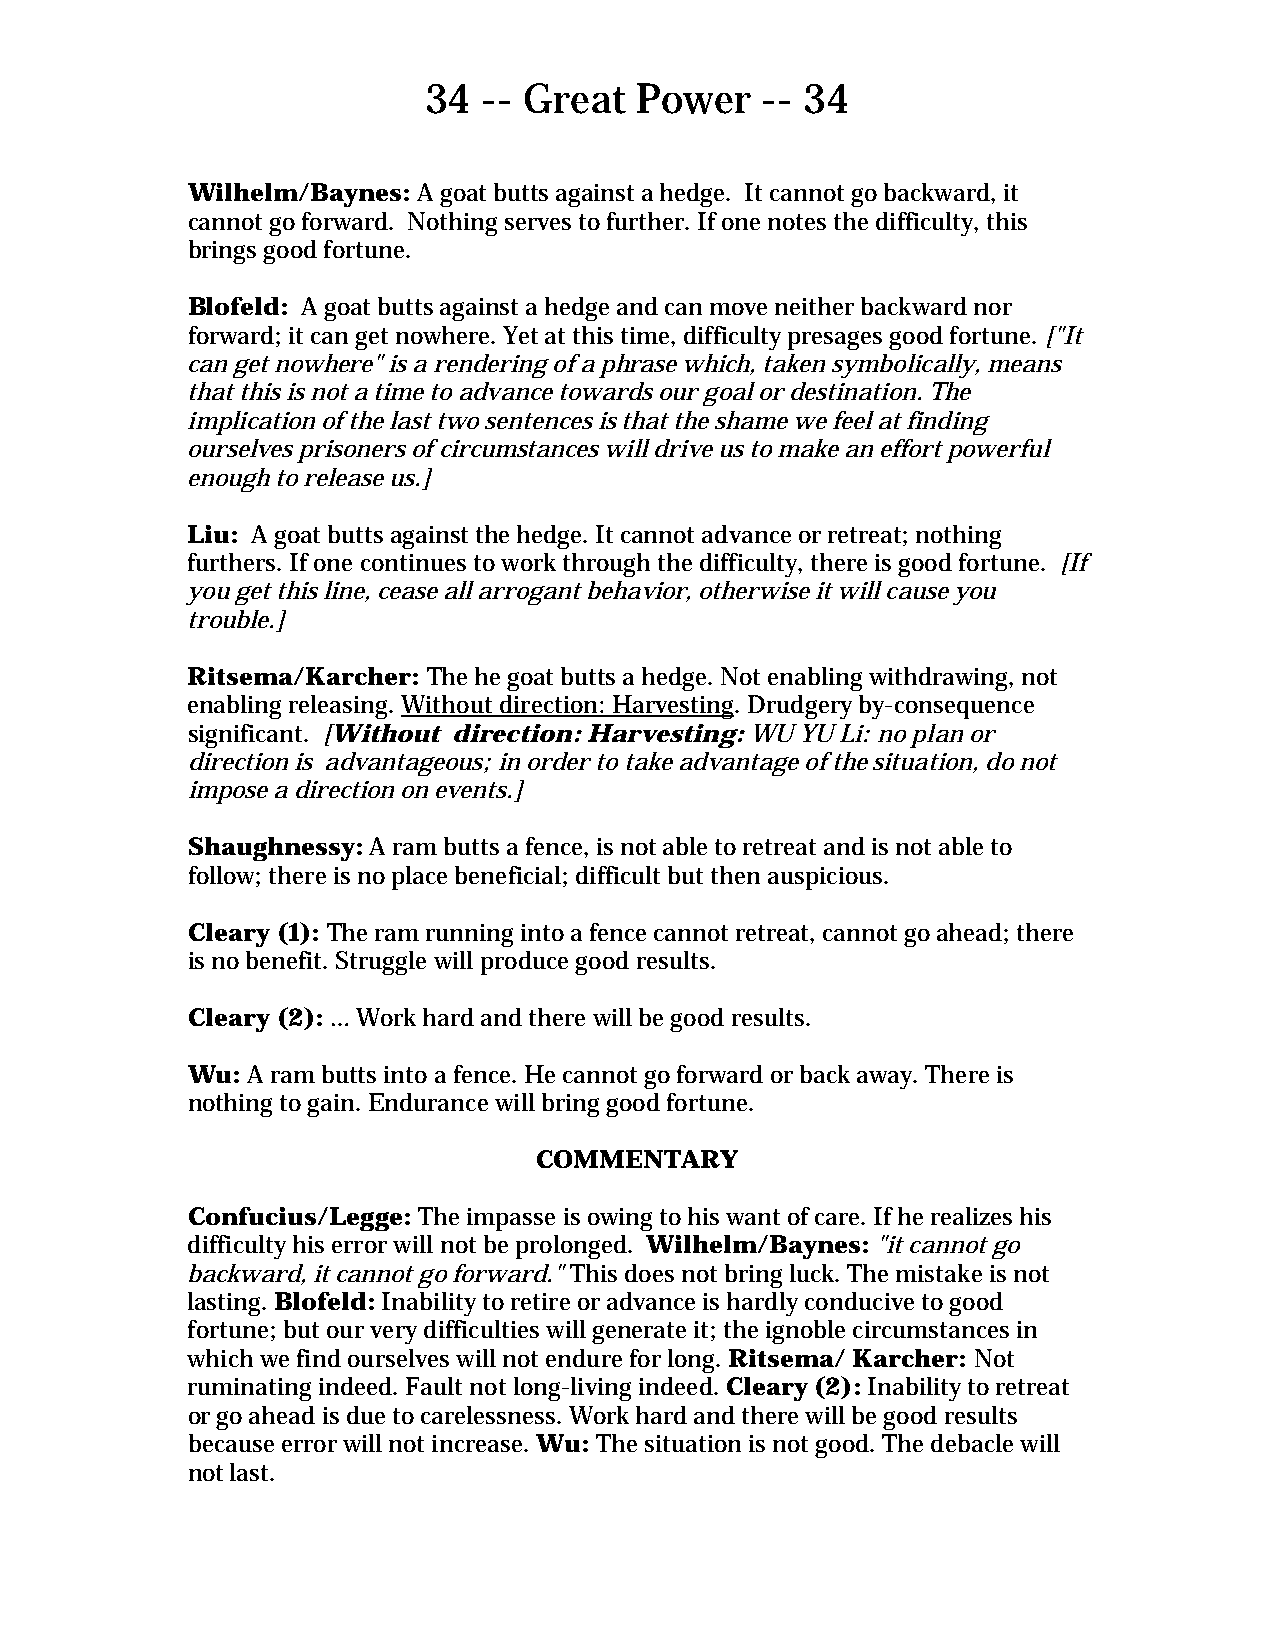
34  -- Great  Power   -- 34
 Wilhelm/Baynes: A goat butts against a hedge. It cannot go backward, it
 cannot go forward. Nothing serves to further. If one notes the difficulty, this
 brings good fortune.
 Blofeld: A goat butts against a hedge and can move neither backward nor
 forward; it can get nowhere. Yet at this time, difficulty presages good fortune. ["It
 can get nowhere" is a rendering of a phrase which, taken symbolically, means
 that this is not a time to advance towards our goal or destination. The
 implication of the last two sentences is that the shame we feel at finding
 ourselves prisoners of circumstances will drive us to make an effort powerful
 enough to release us.]
 Liu: A goat butts against the hedge. It cannot advance or retreat; nothing
 furthers. If one continues to work through the difficulty, there is good fortune. [If
 you get this line, cease all arrogant behavior, otherwise it will cause you
 trouble.]
 Ritsema/Karcher: The he goat butts a hedge. Not enabling withdrawing, not
 enabling releasing. Without direction: Harvesting. Drudgery by-consequence
 significant. [Without direction: Harvesting: WU YU Li: no plan or
 direction is advantageous; in order to take advantage of the situation, do not
 impose a direction on events.]
 Shaughnessy: A ram butts a fence, is not able to retreat and is not able to
 follow; there is no place beneficial; difficult but then auspicious.
 Cleary (1): The ram running into a fence cannot retreat, cannot go ahead; there
 is no benefit. Struggle will produce good results.
 Cleary (2): … Work hard and there will be good results.
 Wu: A ram butts into a fence. He cannot go forward or back away. There is
 nothing to gain. Endurance will bring good fortune.
 COMMENTARY
 Confucius/Legge: The impasse is owing to his want of care. If he realizes his
 difficulty his error will not be prolonged. Wilhelm/Baynes: "it cannot go
 backward, it cannot go forward." This does not bring luck. The mistake is not
 lasting. Blofeld: Inability to retire or advance is hardly conducive to good
 fortune; but our very difficulties will generate it; the ignoble circumstances in
 which we find ourselves will not endure for long. Ritsema/ Karcher: Not
 ruminating indeed. Fault not long-living indeed. Cleary (2): Inability to retreat
 or go ahead is due to carelessness. Work hard and there will be good results
 because error will not increase. Wu: The situation is not good. The debacle will
 not last.